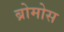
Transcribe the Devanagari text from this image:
ब्रोमोस